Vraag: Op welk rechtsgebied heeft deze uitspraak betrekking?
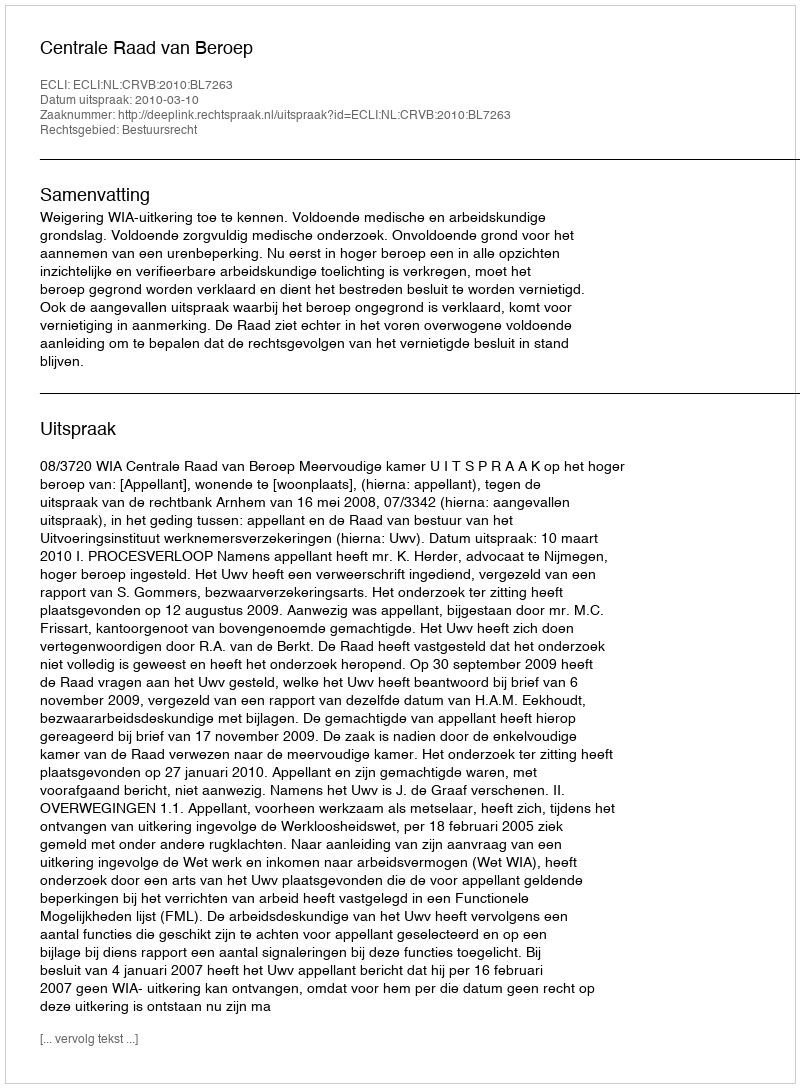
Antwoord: Bestuursrecht